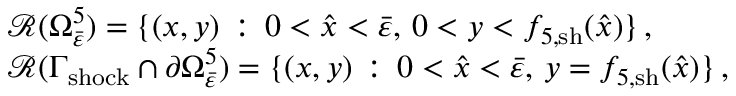
\begin{array} { r l } & { \mathcal { R } ( \Omega _ { \bar { \varepsilon } } ^ { 5 } ) = \{ ( x , y ) \, : \, 0 < \hat { x } < \bar { \varepsilon } , \, 0 < y < { f } _ { 5 , \mathrm { s h } } ( \hat { x } ) \} \, , } \\ & { \mathcal { R } ( \Gamma _ { \mathrm { s h o c k } } \cap \partial \Omega _ { \bar { \varepsilon } } ^ { 5 } ) = \{ ( x , y ) \, : \, 0 < \hat { x } < \bar { \varepsilon } , \, y = { f } _ { 5 , \mathrm { s h } } ( \hat { x } ) \} \, , } \end{array}